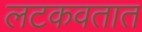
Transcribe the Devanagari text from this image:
लटकवतात